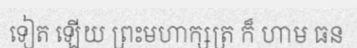
ទៀត ឡើយ ព្រះមហាក្សត្រ ក៏ ហាម ធន